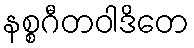
နစ္စဂီတဝါဒိတေ